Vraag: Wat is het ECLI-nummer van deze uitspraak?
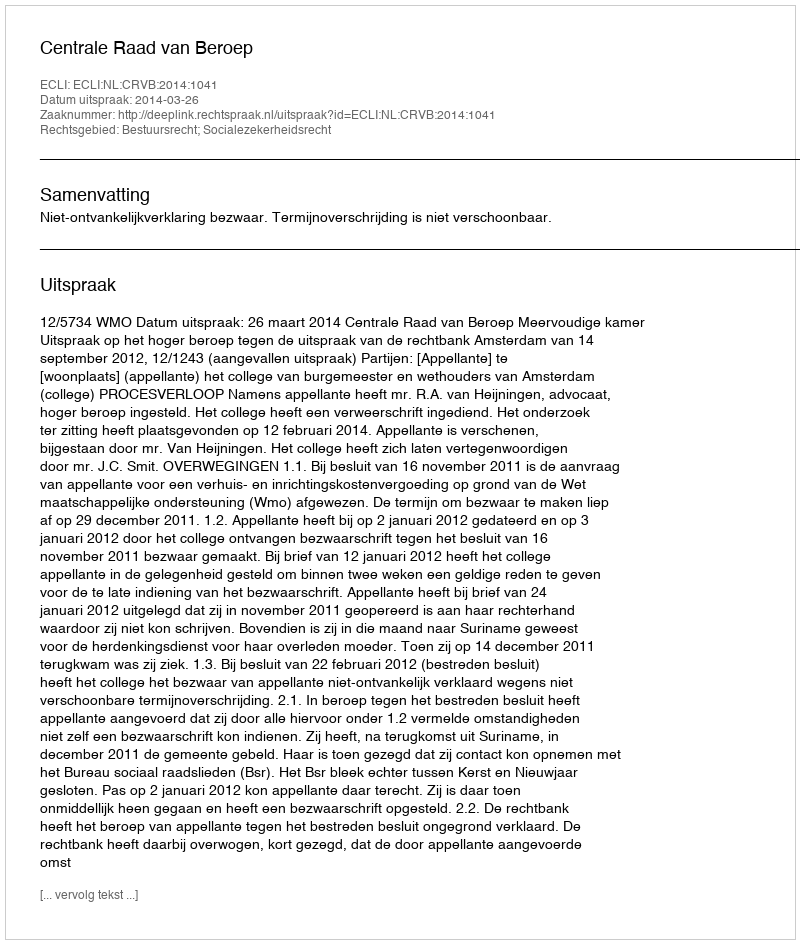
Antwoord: ECLI:NL:CRVB:2014:1041